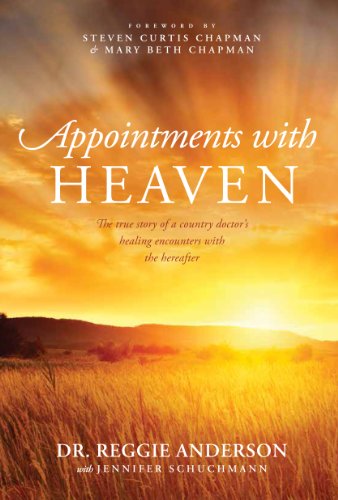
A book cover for Appointments with Heaven: The True Story of a Country Doctor, His Struggles with Faith and Doubt, and His Healing Encounters with the Hereafter (Christian Large Print Originals); Dr. Reggie Anderson; Christian Books & Bibles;